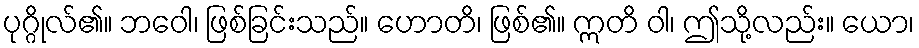
ပုဂ္ဂိုလ်၏။ ဘဝေါ၊ ဖြစ်ခြင်းသည်။ ဟောတိ၊ ဖြစ်၏။ ဣတိ ဝါ၊ ဤသို့လည်း။ ယော၊